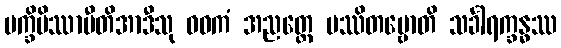
ပက္ခိပိဿာမီတိအာဒီသု ဝဓကံ အညတ္ထေ ပဿိတဗ္ဗောတိ သင်္ခါရက္ခန္ဓဿ